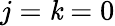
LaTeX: j=\mathit{k}=0